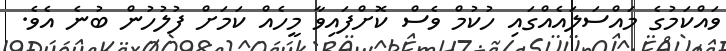
ވައްކަމުގެ މައްސަލައެއްގައި ހުކުމް ވެސް ކޮށްފައިވާ މީހެއް ކަމަށް ފުލުހުން ބުނެ އެވެ.